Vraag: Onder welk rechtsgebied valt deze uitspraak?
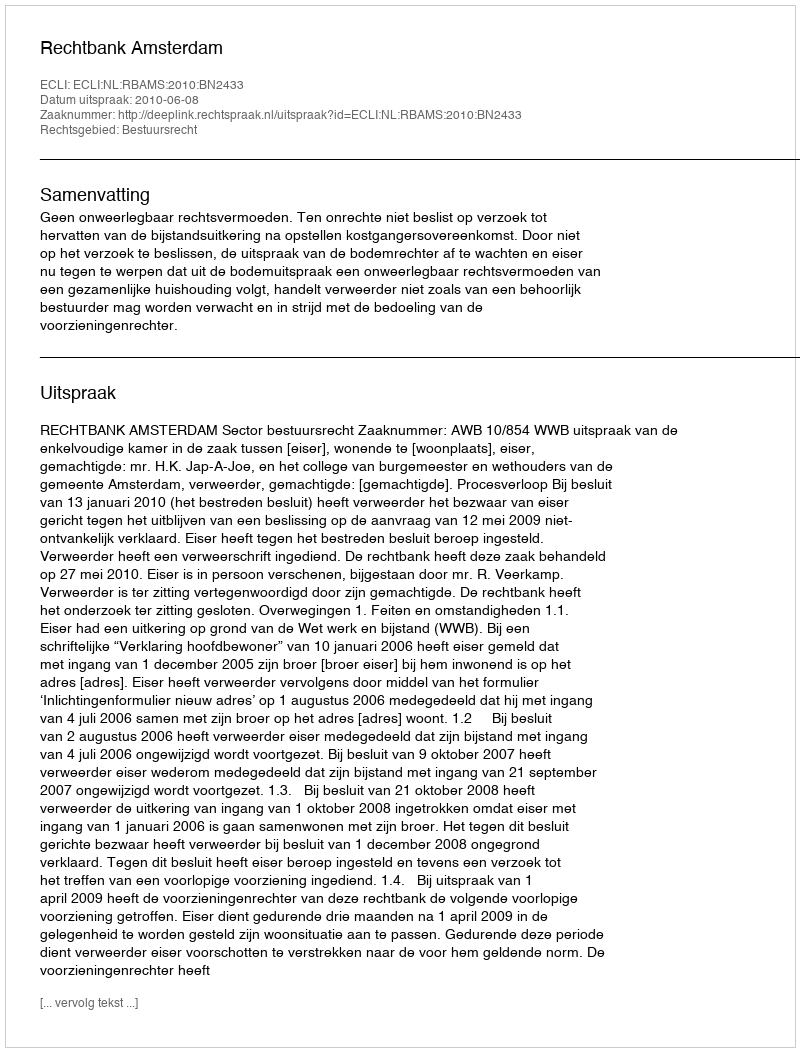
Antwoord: Bestuursrecht